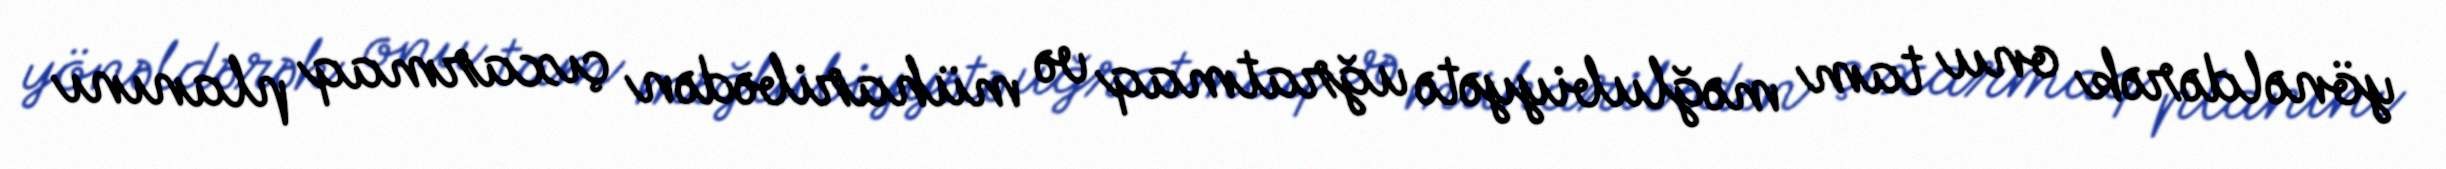
yönəldərək onu tam məğlubiyyətə uğratmaq və müharibədən çıxarmaq planını